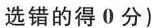
选错的得 0 分)